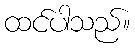
ထင်ပါသည်။